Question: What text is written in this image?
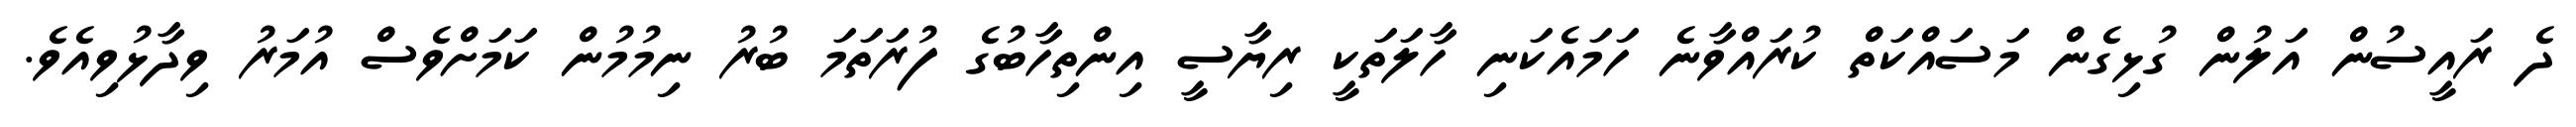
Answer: ދެ ރައީސުން އަލުން ގުޅިގެން މަސައްކަތް ކުރައްވާނެ ހަމައެކަނި ހާލަތަކީ ރިޔާސީ އިންތިހާބުގެ ފުރަތަމަ ބުރު ނިމުމުން ކަމަށްވެސް އުމަރު ވިދާޅުވިއެވެ.